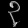
Digit: ၃